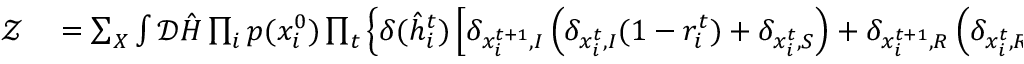
\begin{array} { r l } { \mathcal { Z } } & { { } = \sum _ { \boldsymbol { X } } \int \mathcal { D } \hat { \boldsymbol { H } } \prod _ { i } p ( x _ { i } ^ { 0 } ) \prod _ { t } \left\{ \delta ( \hat { h } _ { i } ^ { t } ) \left[ \delta _ { x _ { i } ^ { t + 1 } , I } \left( \delta _ { x _ { i } ^ { t } , I } ( 1 - r _ { i } ^ { t } ) + \delta _ { x _ { i } ^ { t } , S } \right) + \delta _ { x _ { i } ^ { t + 1 } , R } \left( \delta _ { x _ { i } ^ { t } , R } + \delta _ { x _ { i } ^ { t } , I } r _ { i } ^ { t } \right) \right] + \right. } \end{array}